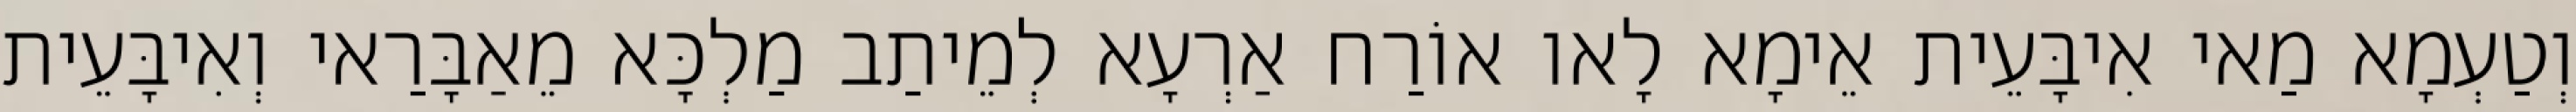
וְטַעְמָא מַאי אִיבָּעֵית אֵימָא לָאו אוֹרַח אַרְעָא לְמֵיתַב מַלְכָּא מֵאַבָּרַאי וְאִיבָּעֵית